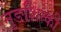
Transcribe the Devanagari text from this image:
नुङशित्की